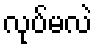
လုပ်မလဲ